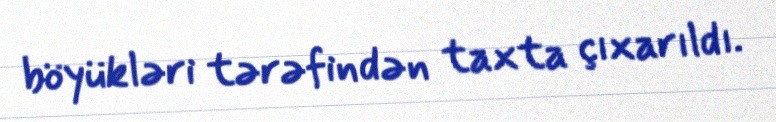
böyükləri tərəfindən taxta çıxarıldı.